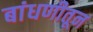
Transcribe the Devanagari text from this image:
बांधणीतून